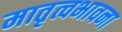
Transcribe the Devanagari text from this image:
मातृत्वभावना